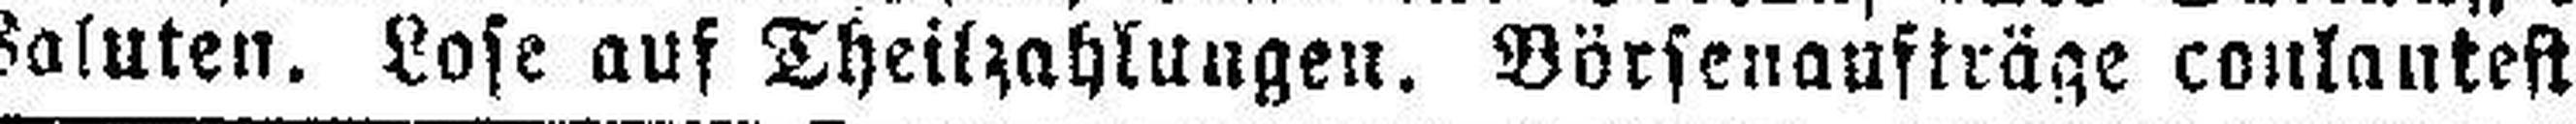
Saluten. Lase auf Thcilzahlungeii. Börsenaufträge conlantest